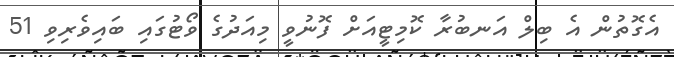
އެގޮތުން އެ ބިލް އަނބުރާ ކޮމިޓީއަށް ފޮނުވީ މިއަދުގެ ވޯޓުގައި ބައިވެރިވި 51